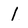
Character: l